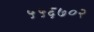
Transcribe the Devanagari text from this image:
५५६७०२